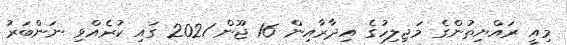
މިއީ ރައްޔިތުންގެ މަޖިލިހުގެ އިދާރާއިން 16 ޖޫން 2021 ގައި ކުރެއްވި ނަންބަރު